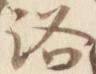
洛